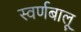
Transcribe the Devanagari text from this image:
स्वर्णबालू